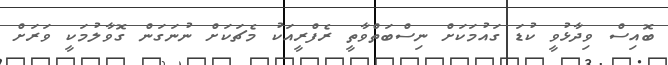
ބޮއިސް ވިދާޅުވީ ކުޑަ ގައުމަކަށް ނިސްބަތްވާތީ ރެފްރީއަކު މެޗަކަށް ނުނަގަން ގޮވާލުމަކީ ވަރަށް